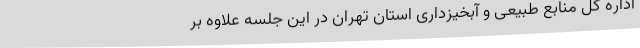
اداره کل منابع طبیعی و آبخیزداری استان تهران در این جلسه علاوه بر